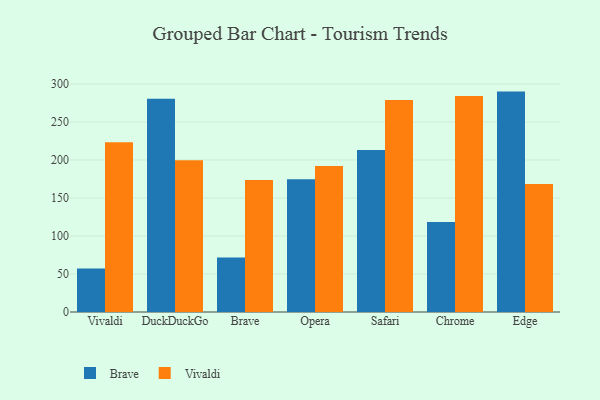
{"axis": {"x": "Browser", "y": "Satisfaction Score"}, "legend": ["Brave", "Vivaldi"], "data": [{"x": "Vivaldi", "y": 57.1, "type": "Brave"}, {"x": "Vivaldi", "y": 223.4, "type": "Vivaldi"}, {"x": "DuckDuckGo", "y": 280.6, "type": "Brave"}, {"x": "DuckDuckGo", "y": 199.7, "type": "Vivaldi"}, {"x": "Brave", "y": 71.8, "type": "Brave"}, {"x": "Brave", "y": 173.5, "type": "Vivaldi"}, {"x": "Opera", "y": 174.7, "type": "Brave"}, {"x": "Opera", "y": 192.2, "type": "Vivaldi"}, {"x": "Safari", "y": 213.0, "type": "Brave"}, {"x": "Safari", "y": 278.9, "type": "Vivaldi"}, {"x": "Chrome", "y": 118.4, "type": "Brave"}, {"x": "Chrome", "y": 284.0, "type": "Vivaldi"}, {"x": "Edge", "y": 289.9, "type": "Brave"}, {"x": "Edge", "y": 168.5, "type": "Vivaldi"}]}